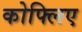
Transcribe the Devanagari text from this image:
कोफ्लिए